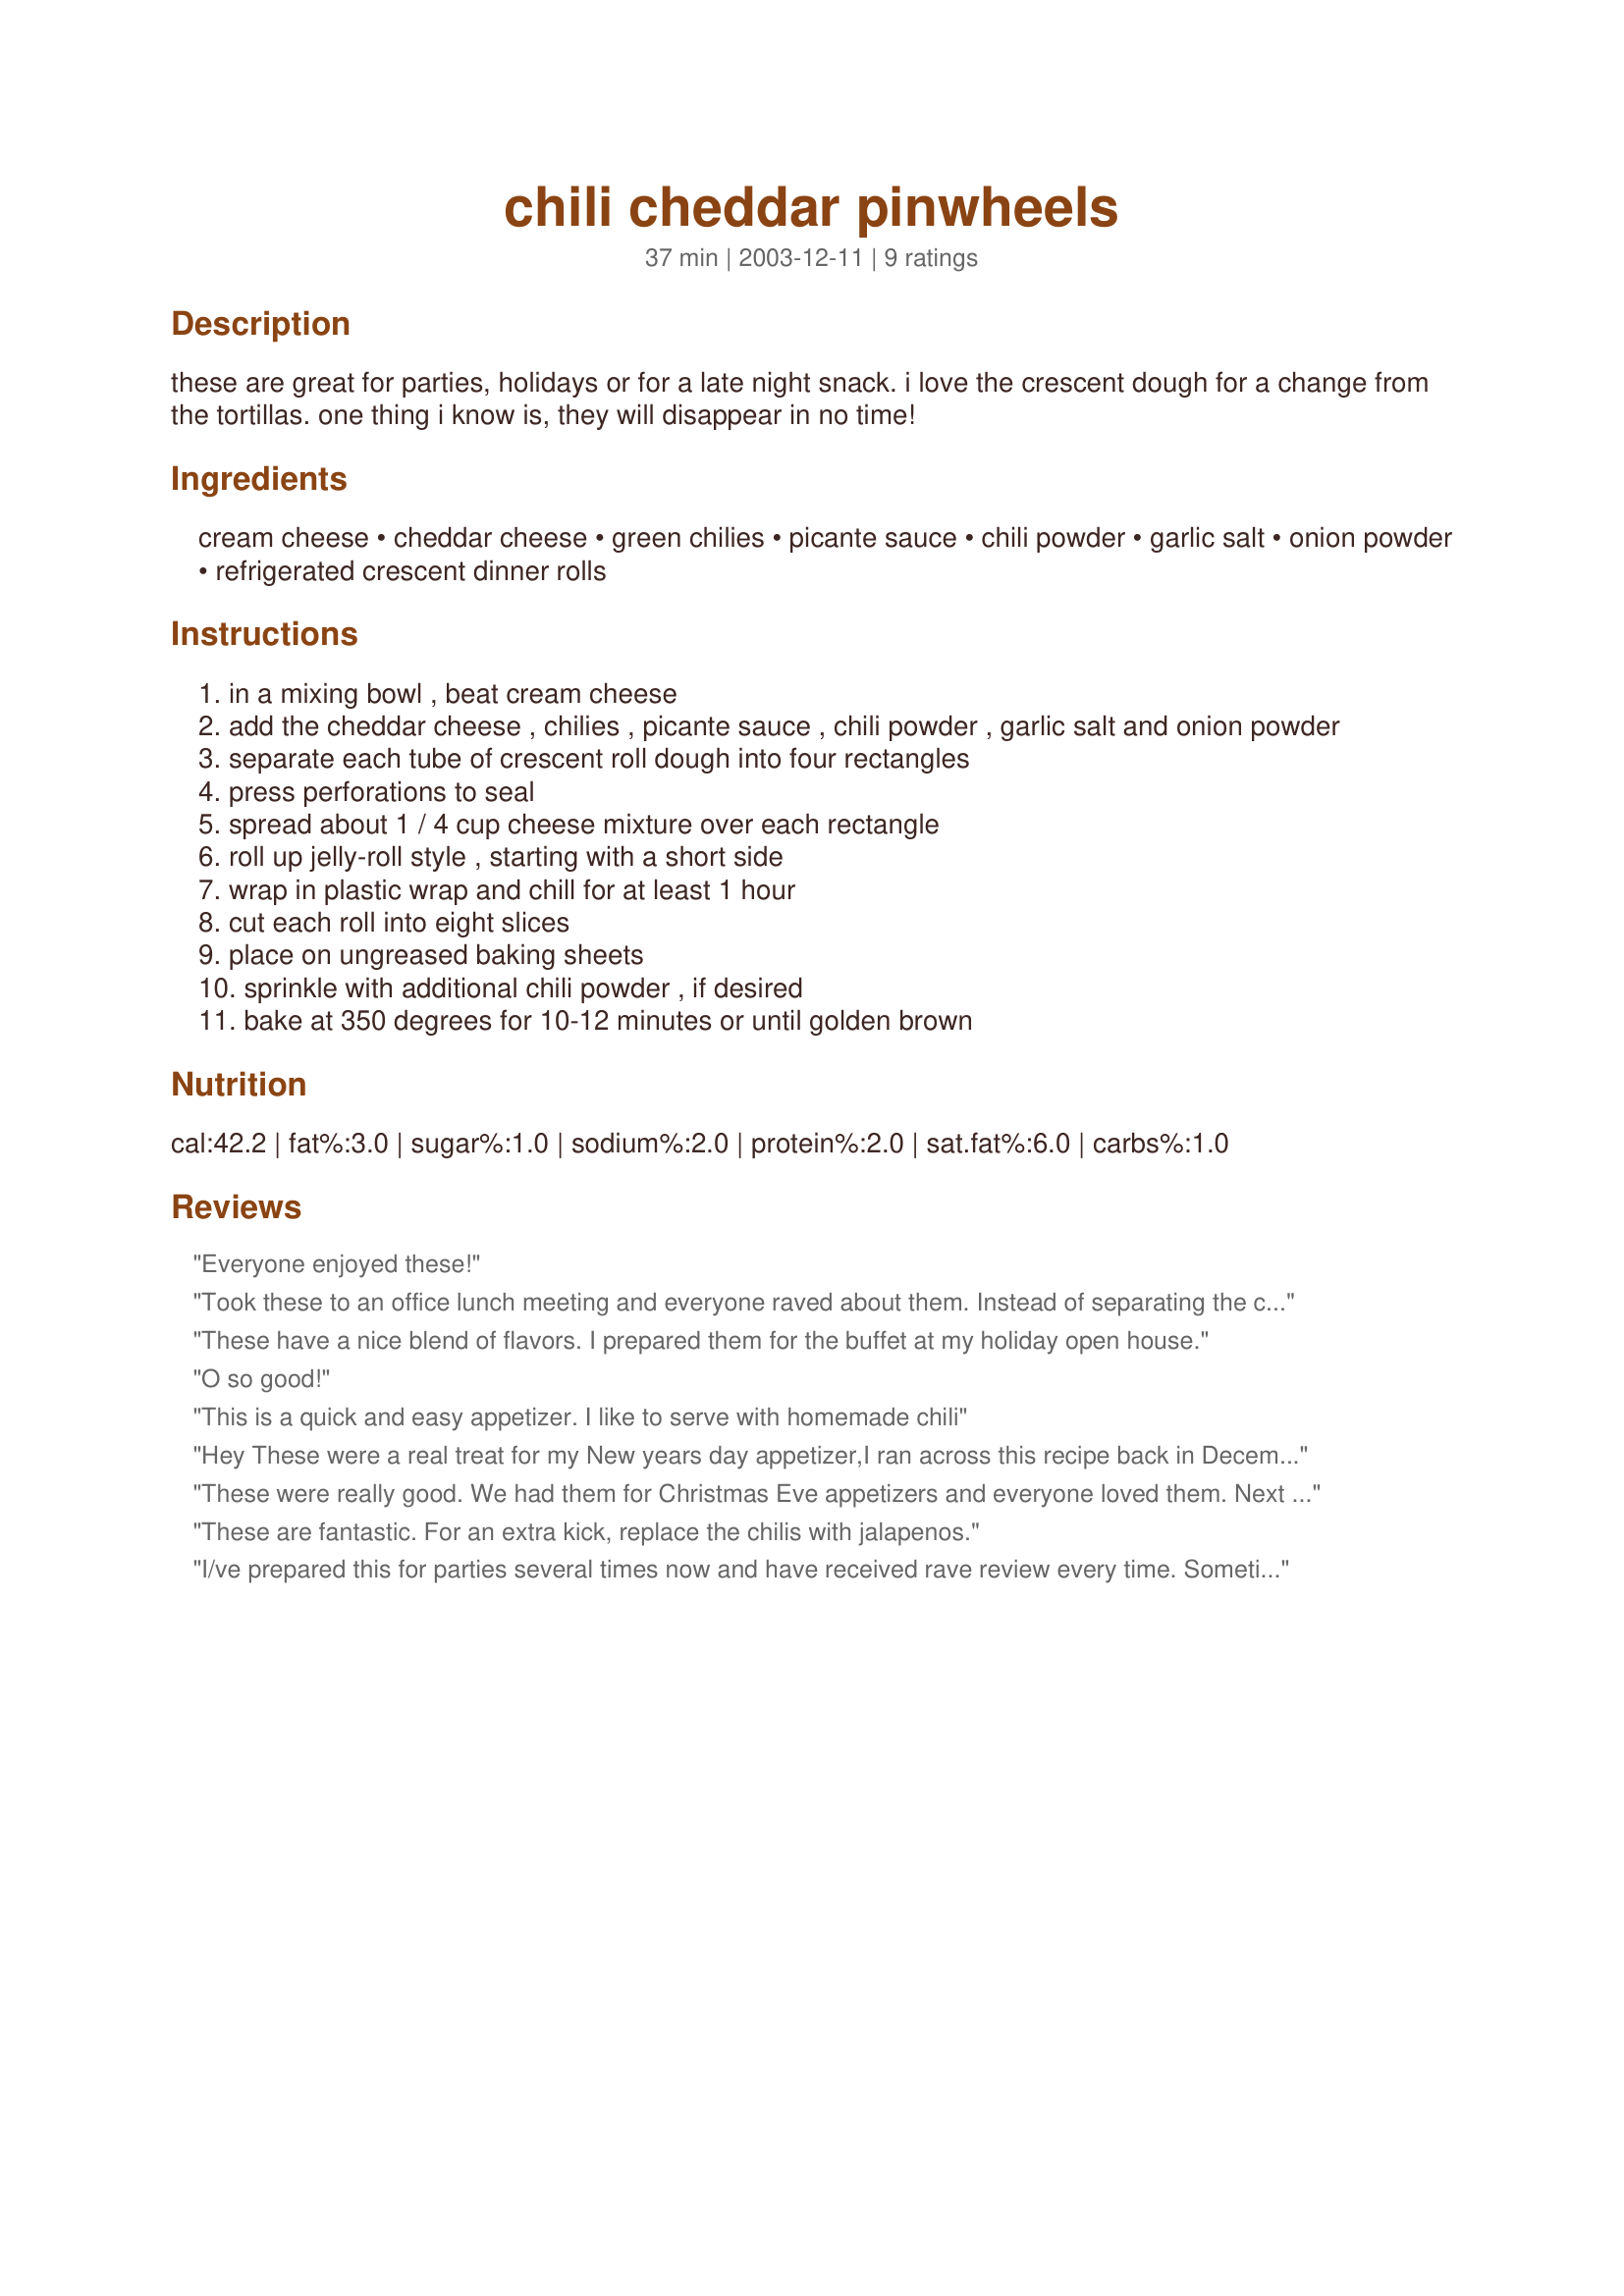
chili cheddar pinwheels
Preparation time: 37 minutes

these are great for parties, holidays or for a late night snack. i love the crescent dough for a change from the tortillas. one thing i know is, they will disappear in no time!

Ingredients:
cream cheese, cheddar cheese, green chilies, picante sauce, chili powder, garlic salt, onion powder, refrigerated crescent dinner rolls

Steps:
in a mixing bowl , beat cream cheese
add the cheddar cheese , chilies , picante sauce , chili powder , garlic salt and onion powder
separate each tube of crescent roll dough into four rectangles
press perforations to seal
spread about 1 / 4 cup cheese mixture over each rectangle
roll up jelly-roll style , starting with a short side
wrap in plastic wrap and chill for at least 1 hour
cut each roll into eight slices
place on ungreased baking sheets
sprinkle with additional chili powder , if desired
bake at 350 degrees for 10-12 minutes or until golden brown

Reviews:
Everyone enjoyed these!
Took these to an office lunch meeting and everyone raved about them. Instead of separating the cresents into 4 rectangles ea. I did 2 bigger rectangles to create bigger portions for lunch and they were wonderful.
These have a nice blend of flavors. I prepared them for the buffet at my holiday open house.
O so good!
This is a quick and easy appetizer. I like to serve with homemade chili
Hey These were a real treat for my New years day appetizer,I ran across this recipe back in December,and held on to it for New Years,(As you can see I am way behind on my reviews) boy am I glad I did,the only bad thing was they just didn't last long enough.:)
Thanks,Darlene
These were really good. We had them for Christmas Eve appetizers and everyone loved them. Next time I'll watch them a bit closer as they got a tad burned on the bottom, but that was my fault (or my oven's!). This goes into my keeper file as it's quick, easy, and delicious. Thanks for a great treat.
These are fantastic. For an extra kick, replace the chilis with jalapenos.
I/ve prepared this for parties several times now and have received rave review every time. Sometimes I'll substitute jalepeno chilies instead of the green for an extra kick.
